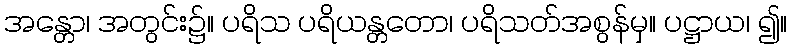
အန္တော၊ အတွင်း၌။ ပရိသ ပရိယန္တတော၊ ပရိသတ်အစွန်မှ။ ပဋ္ဌာယ၊ ၍။